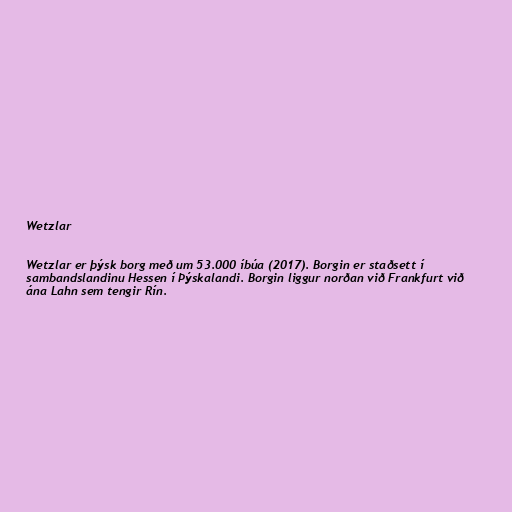
Wetzlar

Wetzlar er þýsk borg með um 53.000 íbúa (2017). Borgin er staðsett í
sambandslandinu Hessen í Þýskalandi. Borgin liggur norðan við Frankfurt við
ána Lahn sem tengir Rín.